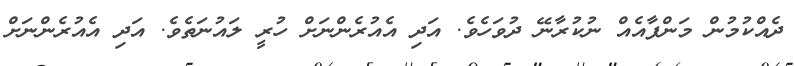
ދެއްކުމުން މަންފާއެެއް ނުކުރާނޭ ދުވަހެވެ. އަދި އެއުރެންނަށް ހުރީ ލައުނަތެވެ. އަދި އެއުރެންނަށް